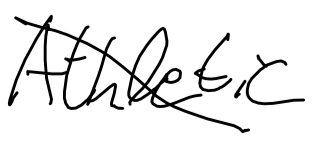
Text: Athletic
Cross-out: diagonal
Writing tool: digital_black